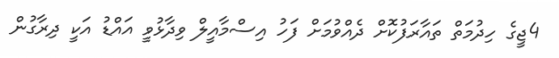
4ޖީގެ ހިދުމަތް ތައާރަފުކޮށް ދެއްވުމަށް ފަހު އިސްމާއީލް ވިދާޅުވީ އައްޑު އަކީ ދިރާގުން